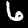
Digit: 6